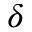
\delta